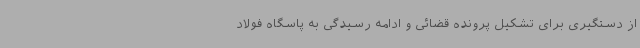
از دستگیری برای تشکیل پرونده قضائی و ادامه رسیدگی به پاسگاه فولاد